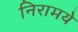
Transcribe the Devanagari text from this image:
निरामये